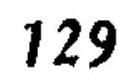
\(129\)